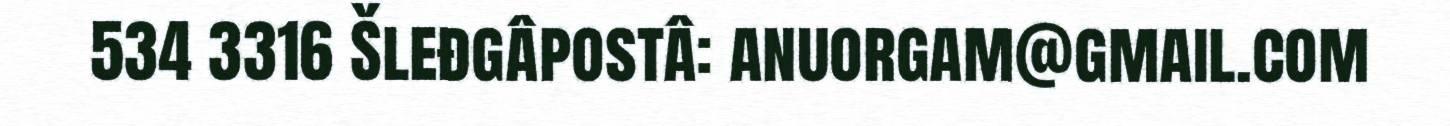
534 3316 Šleđgâpostâ: anuorgam@gmail.com